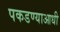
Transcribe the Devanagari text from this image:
पकडण्याआधी